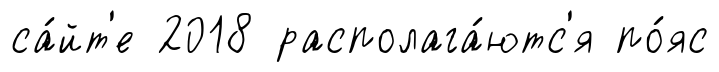
са́йт'е 2018 располага́ютс'я по́яс